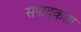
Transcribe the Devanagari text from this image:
संपादकता